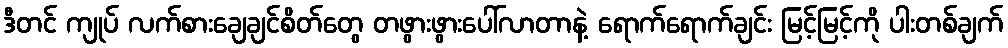
ဒီတင် ကျုပ် လက်စားချေချင်စိတ်တွေ တဖွားဖွားပေါ်လာတာနဲ့ ရောက်ရောက်ချင်း မြင့်မြင့်ကို ပါးတစ်ချက်